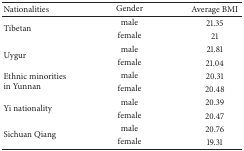
<table><thead><tr><td><b>Nationalities</b></td><td><b>Gender</b></td><td><b>Average BMI </b></td></tr></thead><tbody><tr><td rowspan="2">Tibetan</td><td>male</td><td>21.35</td></tr><tr><td>female</td><td>21</td></tr><tr><td rowspan="2">Uygur</td><td>male</td><td>21.81</td></tr><tr><td>female</td><td>21.04</td></tr><tr><td rowspan="2">Ethnic minorities in Yunnan</td><td>male</td><td>20.31</td></tr><tr><td>female</td><td>20.48</td></tr><tr><td rowspan="2">Yi nationality</td><td>male</td><td>20.39</td></tr><tr><td>female</td><td>20.47</td></tr><tr><td rowspan="2">Sichuan Qiang</td><td>male</td><td>20.76</td></tr><tr><td>female</td><td>19.31</td></tr></tbody></table>